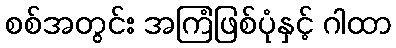
စစ်အတွင်း အကြံဖြစ်ပုံနှင့် ဂါထာ